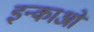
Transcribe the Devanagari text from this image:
इन्काओं